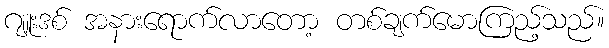
ဂျူးဒစ် အနားရောက်လာတော့ တစ်ချက်မောကြည့်သည်။